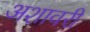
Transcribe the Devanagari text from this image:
अशावरी